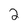
Character: 2